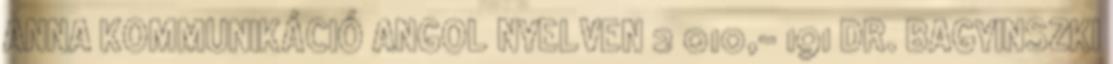
ANNA KOMMUNIKÁCIÓ ANGOL NYELVEN 2 010,- 191 DR. BAGYINSZKI